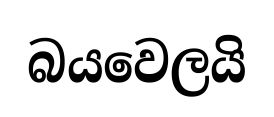
බයවෙලයි